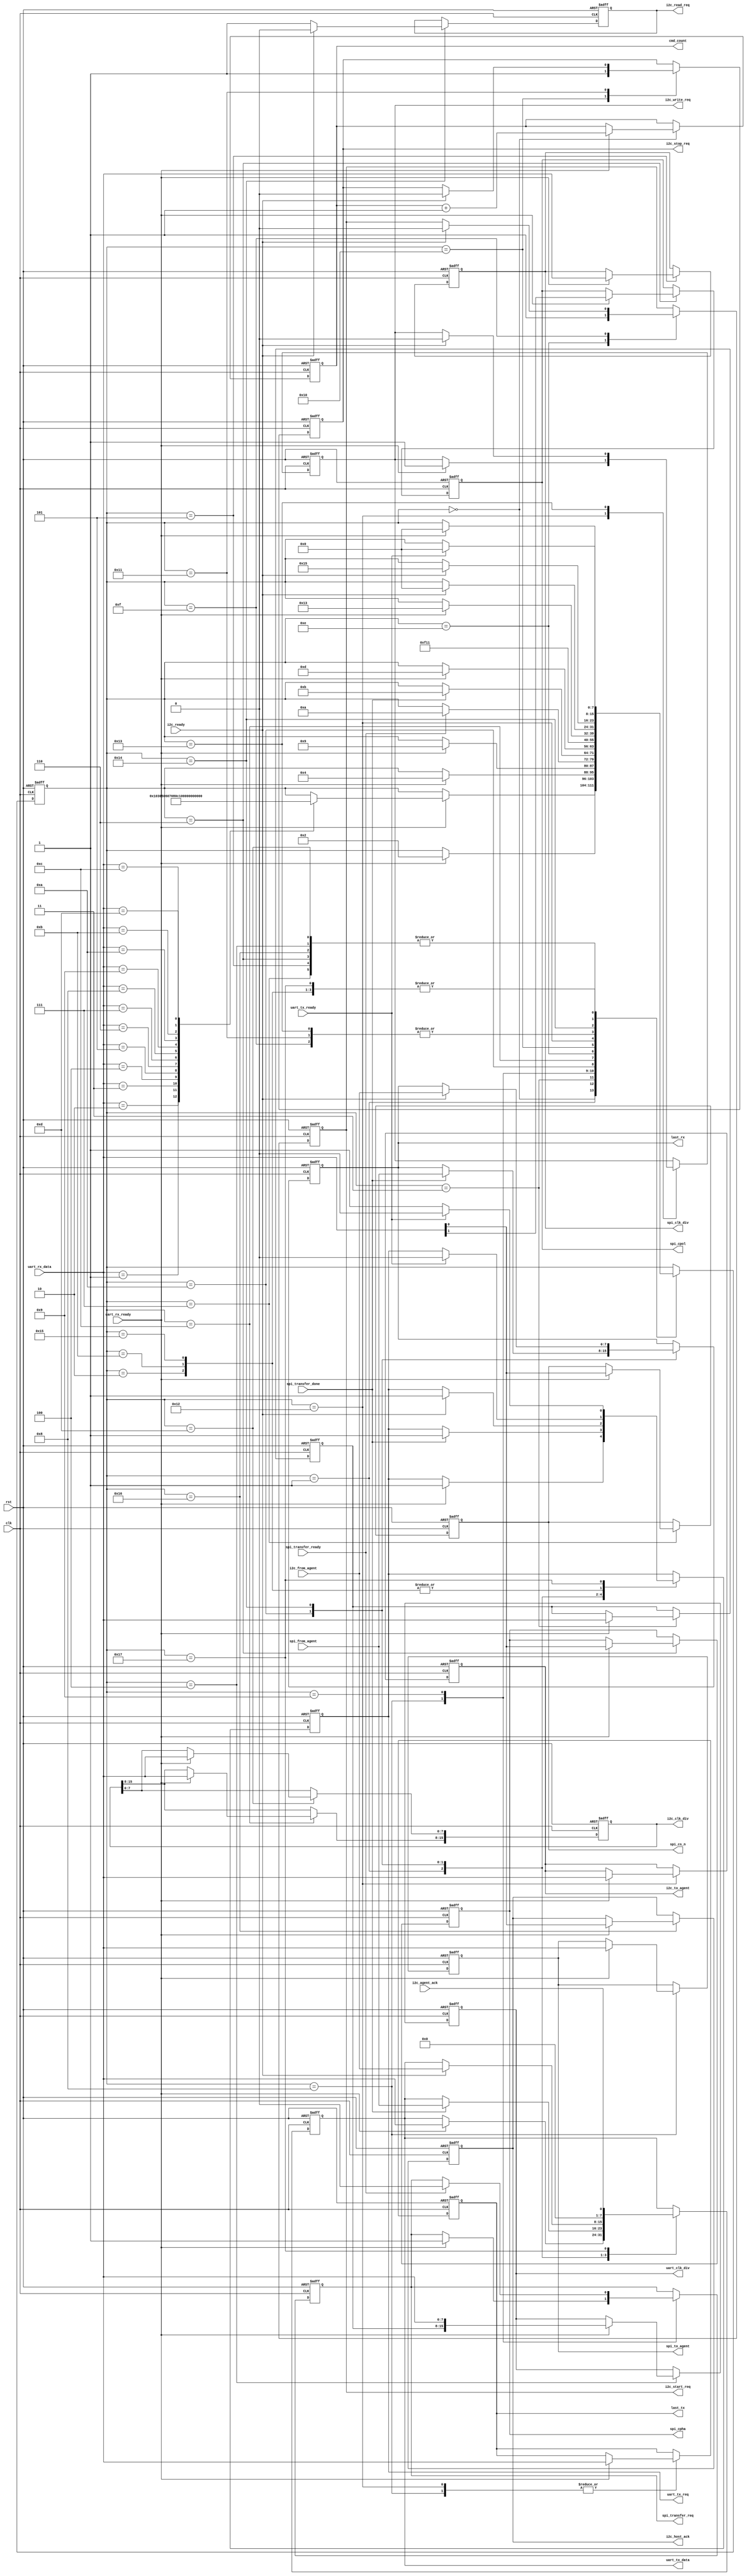
`timescale 1ns / 1ps
//////////////////////////////////////////////////////////////////////////////////
// Company: 
// 
// Design Name: 
// Module Name:    dragonbridge_fsm 
// Project Name:	DragonBridge
// Target Devices: EP2C5T144C8N
// Tool versions: Quartus 13.0
// Description: Control I2C and SPI hosts over UART
//
// Dependencies: None
//
// Revision: 
// Revision 0.01 - File Created
// Additional Comments: 
//
//////////////////////////////////////////////////////////////////////////////////
module dragonbridge_fsm(
		input wire clk,
		input wire rst,
		
		output reg spi_cs_n,
		output reg[7:0] spi_clk_div,
		output reg spi_cpol,
		output reg spi_cpha,
		output reg spi_transfer_req,
		input wire spi_transfer_ready,
		input wire spi_transfer_done,
		output reg[7:0] spi_to_agent,
		input wire[7:0] spi_from_agent,
		
		output reg[15:0] i2c_clk_div,
		output reg i2c_start_req,
		output reg i2c_stop_req,
		output reg i2c_write_req,
		output reg i2c_read_req,
		input wire i2c_ready,
		output reg i2c_host_ack,
		input wire i2c_agent_ack,
		output reg[7:0] i2c_to_agent,
		input wire[7:0] i2c_from_agent,
		
		output reg[15:0] uart_clk_div,
		output reg uart_tx_req,
		output reg[7:0] uart_tx_data,
		input wire[7:0] uart_rx_data,
		input wire uart_tx_ready,
		input wire uart_rx_ready,
		
		output reg[7:0] cmd_count,
		output reg[7:0] last_tx,
		output reg[7:0] last_rx
	);

	//HINT: Commands
	localparam[7:0] CMD_NOP = 8'h00;		//Expects 0 bytes, returns 0
	localparam[7:0] CMD_TEST = 8'h01;	//Expects 1 byte, returns 1
	localparam[7:0] CMD_BAUD = 8'h02;	//Expects 2 bytes, returns 0
	
	localparam[7:0] CMD_SPI_SPEED = 8'h03;	//Expects 1 byte, returns 0
	localparam[7:0] CMD_SPI_MODE = 8'h04;	//Expects 1 byte, returns 0
	localparam[7:0] CMD_SPI_CHIPSEL = 8'h05;	//Expects 1 byte, returns 0
	localparam[7:0] CMD_SPI_TRANSFER = 8'h06;	//Expects 1 byte, returns 1
	
	localparam[7:0] CMD_I2C_SPEED = 8'h07;	//Expects 2 bytes, returns 0
	localparam[7:0] CMD_I2C_START = 8'h08;	//Expects 0 bytes, returns 0
	localparam[7:0] CMD_I2C_STOP = 8'h09;	//Expects 0 bytes, returns 0
	localparam[7:0] CMD_I2C_WRITE = 8'h0A;	//Expects 1 byte, returns 0
	localparam[7:0] CMD_I2C_READ = 8'h0B;	//Expects 0 bytes, returns 1
	localparam[7:0] CMD_I2C_HOST_ACK = 8'h0C;	//Expects 1 byte, returns 0
	localparam[7:0] CMD_I2C_AGENT_ACK = 8'h0D;	//Expects 0 bytes, returns 1
	
	//HINT: States
	localparam[7:0] S_IDLE = 8'h00;
	localparam[7:0] S_TEST = 8'h01;
	localparam[7:0] S_TEST_REQ = 8'h02;
	localparam[7:0] S_BAUD_H = 8'h03;
	localparam[7:0] S_BAUD_L = 8'h04;
	
	localparam[7:0] S_SPI_SPEED = 8'h05;
	localparam[7:0] S_SPI_MODE = 8'h06;
	localparam[7:0] S_SPI_CHIPSEL = 8'h07;
	localparam[7:0] S_SPI_TRANSFER_GET = 8'h08;
	localparam[7:0] S_SPI_TRANSFER_SRQ = 8'h09;
	localparam[7:0] S_SPI_TRANSFER_SGT = 8'h0A;
	localparam[7:0] S_SPI_TRANSFER_URQ = 8'h0B;
	
	localparam[7:0] S_I2C_SPEED_H = 8'h0C;
	localparam[7:0] S_I2C_SPEED_L = 8'h0D;
	localparam[7:0] S_I2C_START_R = 8'h0E;
	localparam[7:0] S_I2C_START_W = 8'h0F;
	localparam[7:0] S_I2C_STOP_R = 8'h10;
	localparam[7:0] S_I2C_STOP_W = 8'h11;
	localparam[7:0] S_I2C_WRITE_GET = 8'h12;
	localparam[7:0] S_I2C_WRITE_W = 8'h13;
	localparam[7:0] S_I2C_READ_IGT = 8'h14;
	localparam[7:0] S_I2C_READ_URQ = 8'h15;
	localparam[7:0] S_I2C_HOST_ACK = 8'h16;
	localparam[7:0] S_I2C_AGENT_ACK = 8'h17;
	
	reg[7:0] state;
	reg[7:0] baud_buf;
	
	always @(posedge clk or posedge rst)
	begin
		if(rst)
		begin
			spi_cs_n <= 1'b0;
			spi_clk_div <= 8'h00;	//max speed
			spi_cpol <= 1'b0;
			spi_cpha <= 1'b0;
			spi_transfer_req <= 1'b0;
			spi_to_agent <= 8'h00;
			
			i2c_clk_div <= 16'h0000;
			i2c_start_req <= 1'b0;
			i2c_stop_req <= 1'b0;
			i2c_write_req <= 1'b0;
			i2c_read_req <= 1'b0;
			i2c_host_ack <= 1'b0;
			i2c_to_agent <= 8'h00;
			
			uart_clk_div <= 16'd433;	//115200 baud
			uart_tx_req <= 1'b0;
			uart_tx_data <= 8'h00;
			
			cmd_count <= 8'h00;
			last_tx <= 8'h00;
			last_rx <= 8'h00;
			
			state <= S_IDLE;
			baud_buf <= 8'h00;
		end
		else
		begin
			case(state)
			S_IDLE:
			begin
				if(uart_rx_ready)
				begin
					cmd_count <= cmd_count + 8'h01;
					case(uart_rx_data)
					CMD_NOP: ;
					CMD_TEST: state <= S_TEST;
					CMD_BAUD: state <= S_BAUD_H;
					
					CMD_SPI_SPEED: state <= S_SPI_SPEED;
					CMD_SPI_MODE: state <= S_SPI_MODE;
					CMD_SPI_CHIPSEL: state <= S_SPI_CHIPSEL;
					CMD_SPI_TRANSFER: state <= S_SPI_TRANSFER_GET;
					
					CMD_I2C_SPEED: state <= S_I2C_SPEED_H;
					CMD_I2C_START: state <= S_I2C_START_R;
					CMD_I2C_STOP: state <= S_I2C_STOP_R;
					CMD_I2C_WRITE: state <= S_I2C_WRITE_GET;
					CMD_I2C_READ: state <= S_I2C_READ_IGT;
					CMD_I2C_HOST_ACK: state <= S_I2C_HOST_ACK;
					CMD_I2C_AGENT_ACK: state <= S_I2C_AGENT_ACK;
					
					default: ;
					endcase
				end
			end
			S_TEST:
			begin
				if(uart_rx_ready)
				begin
					uart_tx_data <= uart_rx_data;
					uart_tx_req <= 1'b1;
					state <= S_TEST_REQ;
				end
			end
			S_TEST_REQ:
			begin
				if(uart_tx_ready)
				begin
					uart_tx_req <= 1'b0;
					state <= S_IDLE;
				end
			end
			S_BAUD_H:
			begin
				if(uart_rx_ready)
				begin
					baud_buf <= uart_rx_data;
					state <= S_BAUD_L;
				end
			end
			S_BAUD_L:
			begin
				if(uart_rx_ready)
				begin
					uart_clk_div <= {baud_buf, uart_rx_data};
					state <= S_IDLE;
				end
			end
			
			
			S_SPI_SPEED:
			begin
				if(uart_rx_ready)
				begin
					spi_clk_div <= uart_rx_data;
					state <= S_IDLE;
				end
			end
			S_SPI_MODE:
			begin
				if(uart_rx_ready)
				begin
					spi_cpha <= uart_rx_data[0];
					spi_cpol <= uart_rx_data[1];
					state <= S_IDLE;
				end
			end
			S_SPI_CHIPSEL:
			begin
				if(uart_rx_ready)
				begin
					spi_cs_n <= uart_rx_data[0];
					state <= S_IDLE;
				end
			end
			S_SPI_TRANSFER_GET:
			begin
				if(uart_rx_ready)
				begin
					spi_to_agent <= uart_rx_data;
					last_tx <= uart_rx_data;
					spi_transfer_req <= 1'b1;
					state <= S_SPI_TRANSFER_SRQ;
				end
			end
			S_SPI_TRANSFER_SRQ:
			begin
				if(spi_transfer_ready)
				begin
					spi_transfer_req <= 1'b0;
					state <= S_SPI_TRANSFER_SGT;
				end
			end
			S_SPI_TRANSFER_SGT:
			begin
				if(spi_transfer_done)
				begin
					uart_tx_data <= spi_from_agent;
					last_rx <= spi_from_agent;
					uart_tx_req <= 1'b1;
					state <= S_SPI_TRANSFER_URQ;
				end
			end
			S_SPI_TRANSFER_URQ:
			begin
				if(uart_tx_ready)
				begin
					uart_tx_req <= 1'b0;
					state <= S_IDLE;
				end
			end
			
			
			S_I2C_SPEED_H:
			begin
				if(uart_rx_ready)
				begin
					i2c_clk_div[15:8] <= uart_rx_data;
					state <= S_I2C_SPEED_L;
				end
			end
			S_I2C_SPEED_L:
			begin
				if(uart_rx_ready)
				begin
					i2c_clk_div[7:0] <= uart_rx_data;
					state <= S_IDLE;
				end
			end
			S_I2C_START_R:
			begin
				i2c_start_req <= 1'b1;
				state <= S_I2C_START_W;
			end
			S_I2C_START_W:
			begin
				if(i2c_ready)
				begin
					i2c_start_req <= 1'b0;
					state <= S_IDLE;
				end
			end
			S_I2C_STOP_R:
			begin
				i2c_stop_req <= 1'b1;
				state <= S_I2C_STOP_W;
			end
			S_I2C_STOP_W:
			begin
				if(i2c_ready)
				begin
					i2c_stop_req <= 1'b0;
					state <= S_IDLE;
				end
			end
			S_I2C_WRITE_GET:
			begin
				if(uart_rx_ready)
				begin
					i2c_to_agent <= uart_rx_data;
					last_tx <= uart_rx_data;
					i2c_write_req <= 1'b1;
					state <= S_I2C_WRITE_W;
				end
			end
			S_I2C_WRITE_W:
			begin
				if(i2c_ready)
				begin
					i2c_write_req <= 1'b0;
					state <= S_IDLE;
				end
			end
			S_I2C_READ_IGT:
			begin
				i2c_read_req <= 1'b1;
				if(i2c_ready)
				begin
					i2c_read_req <= 1'b0;
					uart_tx_data <= i2c_from_agent;
					last_rx <= i2c_from_agent;
					uart_tx_req <= 1'b1;
					state <= S_I2C_READ_URQ;
				end
			end
			S_I2C_READ_URQ:
			begin
				if(uart_tx_ready)
				begin
					uart_tx_req <= 1'b0;
					state <= S_IDLE;
				end
			end
			S_I2C_HOST_ACK:
			begin
				if(uart_rx_ready)
				begin
					i2c_host_ack <= uart_rx_data[0];
					state <= S_IDLE;
				end
			end
			S_I2C_AGENT_ACK:
			begin
				uart_tx_data <= {7'h00, i2c_agent_ack};
				uart_tx_req <= 1'b1;
				if(uart_tx_ready)
				begin
					uart_tx_req <= 1'b0;
					state <= S_IDLE;
				end
			end
			
			default: ;
			endcase
		end
	end

endmodule